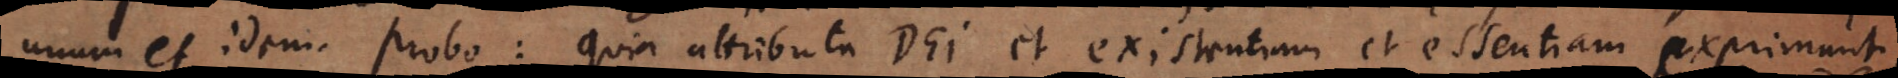
unum et idem. Probo: Quia attributa Dei et existentiam et essentiam exprimunt.